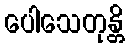
ပေါသေတုန္တိ